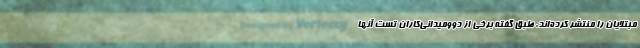
مبتلایان را منتشر کرده‌اند. طبق گفته برخی از دوومیدانی‌کاران تست آنها